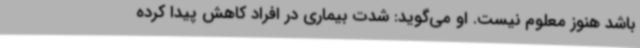
باشد هنوز معلوم نیست. او می‌گوید: شدت بیماری در افراد کاهش پیدا کرده